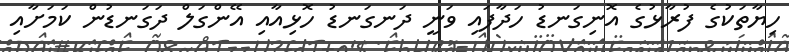
ހިޔާތަކުގެ ފުރާޅުގެ އޮނިގަނޑު ހަދާފައި ވަނީ ދަނގަނޑު ހޮޅިއާއި އޭންގަލް ދަގަނޑުން ކަމަށާއި